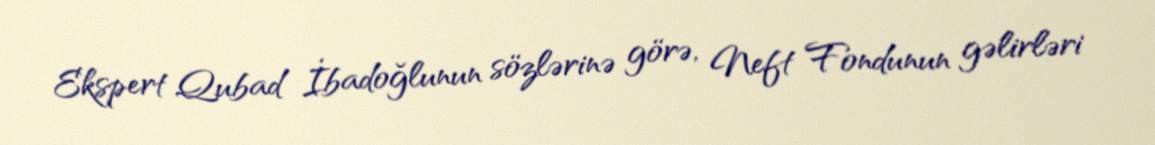
Ekspert Qubad İbadoğlunun sözlərinə görə, Neft Fondunun gəlirləri